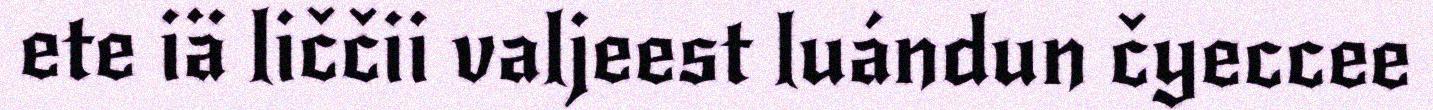
ete iä liččii valjeest luándun čyeccee